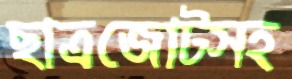
ছাত্রজোটসহ